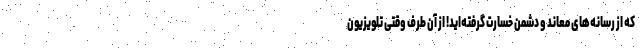
که از رسانه‌های معاند و دشمن خسارت گرفته‌اید! از آن طرف وقتی تلویزیون